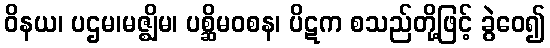
ဝိနယ၊ ပဌမ၊မဇ္ဈိမ၊ ပစ္ဆိမဝစန၊ ပိဋက စသည်တို့ဖြင့် ခွဲဝေ၍